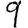
Digit: 9